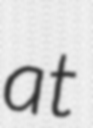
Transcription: at